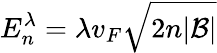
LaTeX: E_{n}^{\lambda}=\lambda v_{F}\sqrt{2n|\mathcal{B}|}